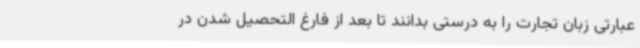
عبارتی زبان تجارت را به درستی بدانند تا بعد از فارغ التحصیل شدن در